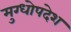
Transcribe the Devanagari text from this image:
मुग्धोपदेश